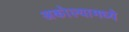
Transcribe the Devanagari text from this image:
अकोल्यामध्ये